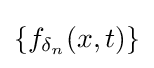
\{f_{\delta _{n}}(x,t)\}